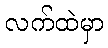
လက်ထဲမှာ